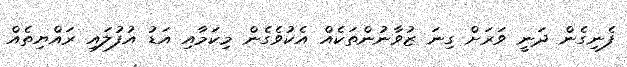
ފެނިގެން ދަނީ ވަރަށް ގިނަ ޒުވާނުންތަކެއް އެކުވެގެން މިކަމާއި އަޑު އުފުލައި ރައްޔިތެއް